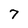
Character: 7